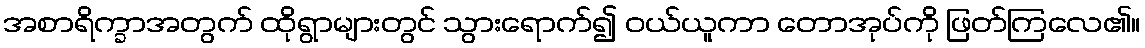
အစာရိက္ခာအတွက် ထိုရွာများတွင် သွားရောက်၍ ဝယ်ယူကာ တောအုပ်ကို ဖြတ်ကြလေ၏။